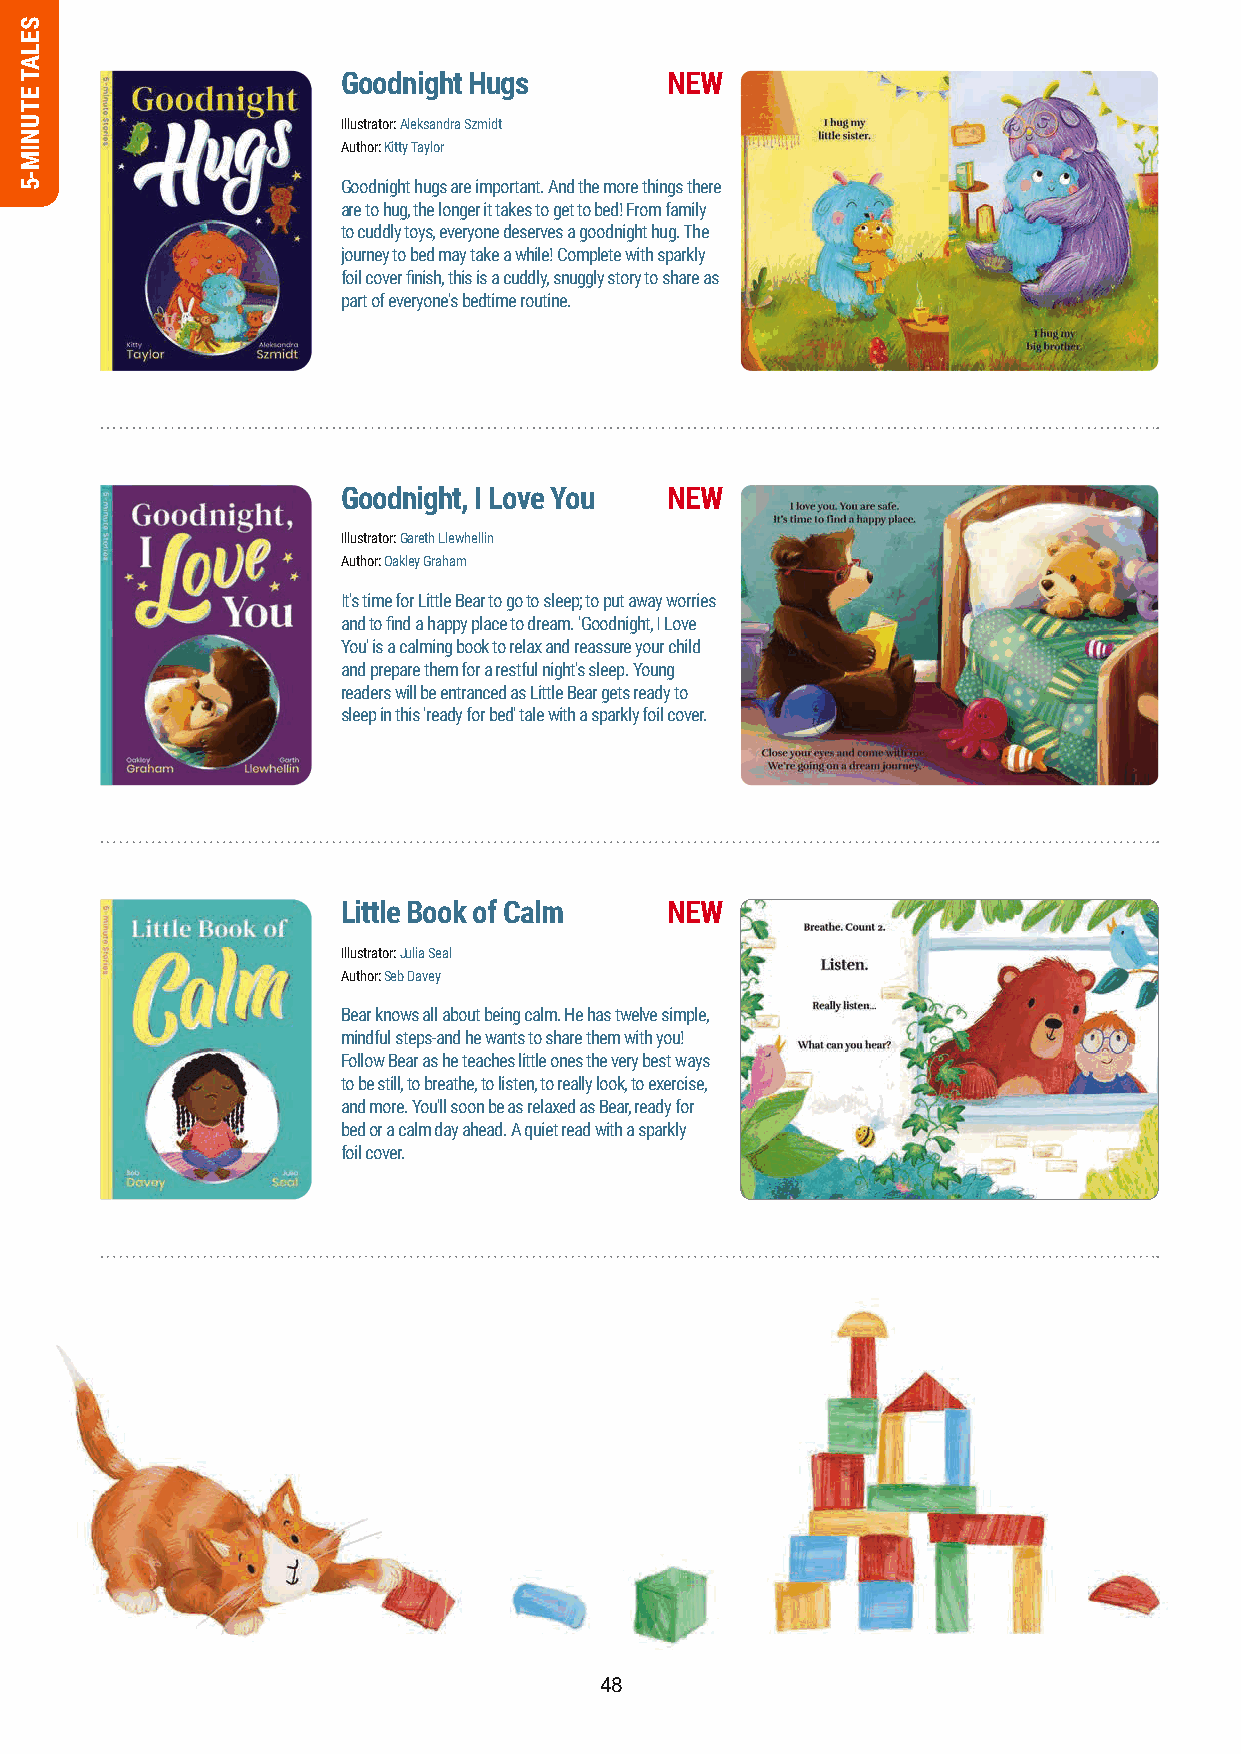
Goodnight Hugs       NEW
 Illustrator: Aleksandra Szmidt
 Author: Kitty Taylor
 Goodnight hugs are important. And the more things there
 are to hug, the longer it takes to get to bed! From family
 to cuddly toys, everyone deserves a goodnight hug. The
 journey to bed may take a while! Complete with sparkly
 foil cover finish, this is a cuddly, snuggly story to share as
 part of everyone's bedtime routine.
 Goodnight, I Love You NEW
 Illustrator: Gareth Llewhellin
 Author: Oakley Graham
 It's time for Little Bear to go to sleep; to put away worries
 and to find a happy place to dream. 'Goodnight, I Love
 You' is a calming book to relax and reassure your child
 and prepare them for a restful night's sleep. Young
 readers will be entranced as Little Bear gets ready to
 sleep in this 'ready for bed' tale with a sparkly foil cover.
 Little Book of Calm  NEW
 Illustrator: Julia Seal
 Author: Seb Davey
 Bear knows all about being calm. He has twelve simple,
 mindful steps-and he wants to share them with you!
 Follow Bear as he teaches little ones the very best ways
 to be still, to breathe, to listen, to really look, to exercise,
 and more. You'll soon be as relaxed as Bear, ready for
 bed or a calm day ahead. A quiet read with a sparkly
 foil cover.
 48
 SELAT
 ETUNIM-5